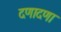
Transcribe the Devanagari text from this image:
दणादणा